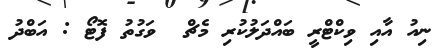
ނިއު އާއި ވިކްޓްރީ ބައްދަލުކުރި މެޗް  ވަގުތު ފޮޓޯ : އަބްދު